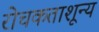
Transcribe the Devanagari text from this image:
रोचकताशून्य